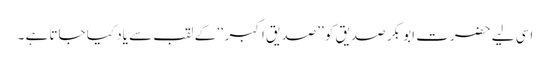
اسی لیے حضرت ابو بکر صدیق کو ’’صدیق اکبر‘‘کے لقب سے یاد کیا جاتا ہے ۔